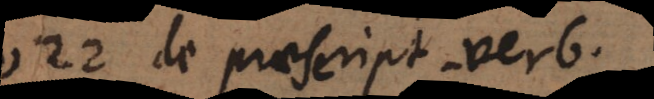
21 de praescript. verb.